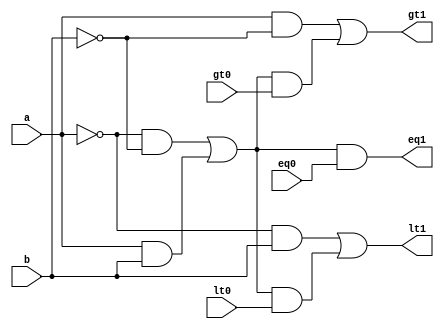
`timescale 1ns / 1ps
//////////////////////////////////////////////////////////////////////////////////
// Company: 
// 
// Design Name: 
// Module Name: comp_cell
// Project Name: 
// Target Devices: 
// Tool Versions: 
// Description: comparator cell module
// 
// Dependencies: 
// 
// Revision:
// Revision 0.01 - File Created
// Additional Comments:
// 
//////////////////////////////////////////////////////////////////////////////////


module comp_cell(
    input a, // input a
    input b, // input b
    input eq0, // previous equal comparison
    input lt0, // previous less than comparisom
    input gt0, // previous greater than comparison
    output eq1, // result of current equal comparison
    output lt1, // result of current less than comparison
    output gt1 // result of current greater than comparison
    );
    
    // assigning value of current comparison based on previous comparison
    assign eq1 = ( (~a&~b) | (a&b) ) & eq0; 
    assign lt1 = (~a&b) | ( ((~a&~b) | (a&b)) & lt0);
    assign gt1 = (a&~b) | ( ((~a&~b) | (a&b)) & gt0);
    
endmodule